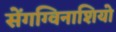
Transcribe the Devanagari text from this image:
सेंगग्विनाशियो